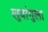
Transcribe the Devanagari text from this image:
लुवांगुला